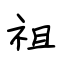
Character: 祖